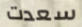
سعدت